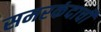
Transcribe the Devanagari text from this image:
समरकंदाची